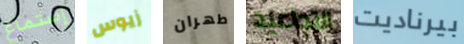
إستماع زيوس طهران التجاعيد بيرناديت